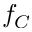
f _ { C }